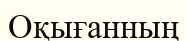
Оқығанның